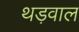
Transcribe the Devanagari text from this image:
थड़वाल